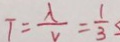
T = \frac { \lambda } { v } = \frac { 1 } { 3 }